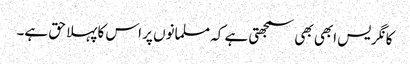
کانگریس ابھی بھی سمجھتی ہے کہ مسلمانوں پر اس کا پہلا حق ہے۔